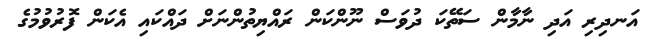
އަނދިރި އަދި ނާމާން ސަތޭކަ ދުވަސް ނޫންކަން ރައްޔިތުންނަށް ދައްކައި އެކަން ފޮރުވުމުގެ